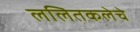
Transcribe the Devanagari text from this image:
ललितकलेचे